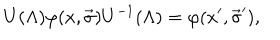
U ( \Lambda ) \varphi ( x , \vec { \sigma } ) U ^ { - 1 } ( \Lambda ) = \varphi ( x ^ { \prime } , \vec { \sigma } ^ { \prime } ) ,